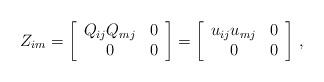
LaTeX: \begin{align*}Z_{im}=\left[\begin{array}{cc}Q_{ij}Q_{mj} & 0\\0 & 0\end{array}\right]=\left[\begin{array}{cc}u_{ij}u_{mj} & 0\\0 & 0\end{array}\right]\,,\end{align*}